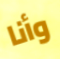
وأنا